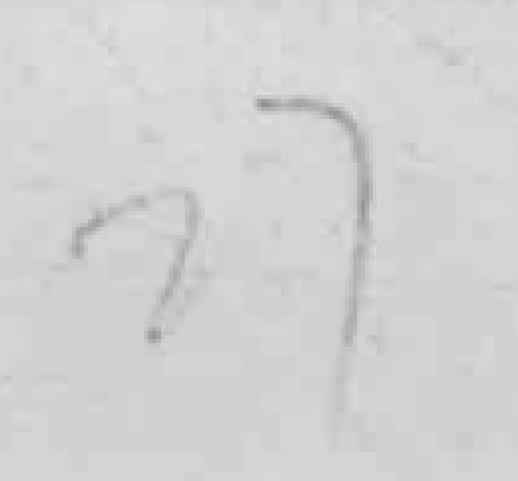
27